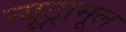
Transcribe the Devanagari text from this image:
न्यूट्रामूल